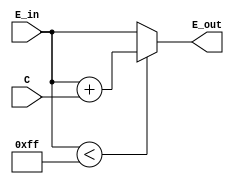
`timescale 1ns / 1ps

module exp_incrementer(
    input [7:0] E_in,
    input C,
    output reg [7:0] E_out
    );
    
    always@* begin
        if(E_in < 255)
            E_out = E_in + C;
        else
            E_out = E_in;
    end
endmodule